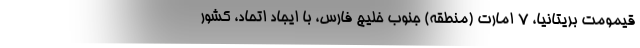
قیمومت بریتانیا، 7 امارت (منطقه) جنوب خلیج فارس، با ایجاد اتحاد، کشور